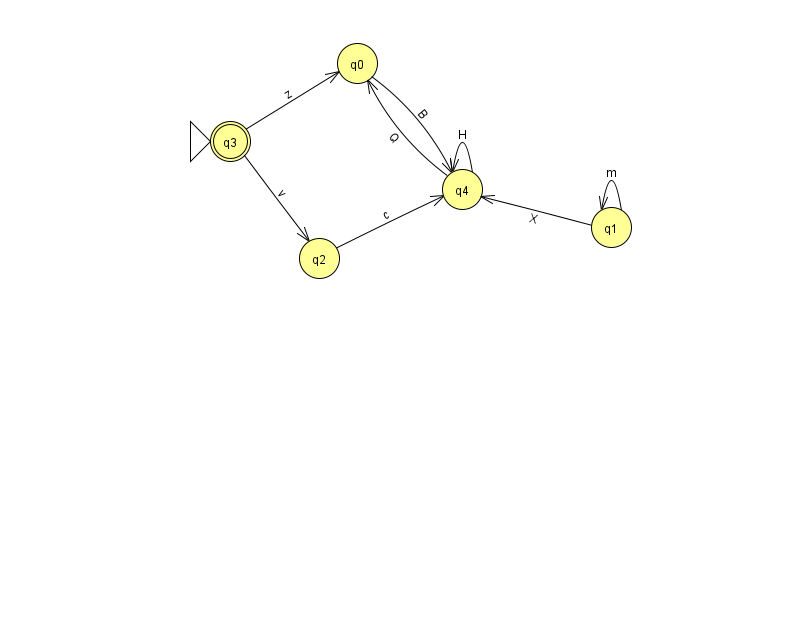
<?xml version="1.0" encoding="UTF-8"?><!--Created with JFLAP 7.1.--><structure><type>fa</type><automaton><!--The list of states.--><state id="0" name="q0"><x>357.0</x><y>50.0</y></state><state id="1" name="q1"><x>611.0</x><y>214.0</y></state><state id="2" name="q2"><x>319.0</x><y>245.0</y></state><state id="3" name="q3"><x>230.0</x><y>128.0</y><initial/><final/></state><state id="4" name="q4"><x>462.0</x><y>176.0</y></state><!--The list of transitions.--><transition><from>3</from><to>2</to><read>v</read></transition><transition><from>1</from><to>4</to><read>X</read></transition><transition><from>4</from><to>4</to><read>H</read></transition><transition><from>2</from><to>4</to><read>c</read></transition><transition><from>3</from><to>0</to><read>z</read></transition><transition><from>0</from><to>4</to><read>B</read></transition><transition><from>1</from><to>1</to><read>m</read></transition><transition><from>4</from><to>0</to><read>Q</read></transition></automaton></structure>